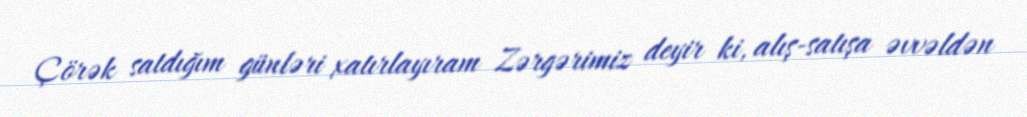
Çörək satdığım günləri xatırlayıram Zərgərimiz deyir ki, alış-satışa əvvəldən